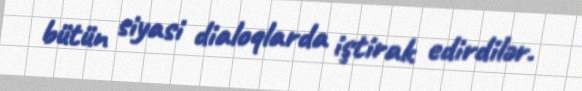
bütün siyasi dialoqlarda iştirak edirdilər.